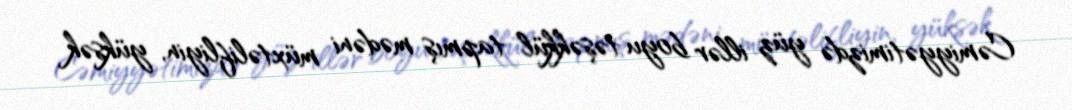
Cəmiyyətimizdə yüz illər boyu təşəkkül tapmış mədəni müxtəlifliyin, yüksək